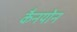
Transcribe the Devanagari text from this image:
कैनयोन